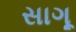
સાગૂ